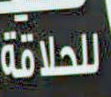
لحلاقة